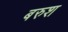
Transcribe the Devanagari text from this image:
बरुश